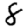
Digit: 8